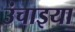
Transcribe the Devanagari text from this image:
उंचाइया